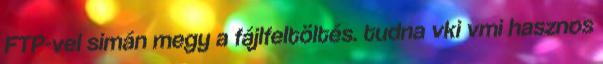
FTP-vel simán megy a fájlfeltöltés. tudna vki vmi hasznos